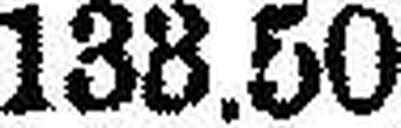
133.50